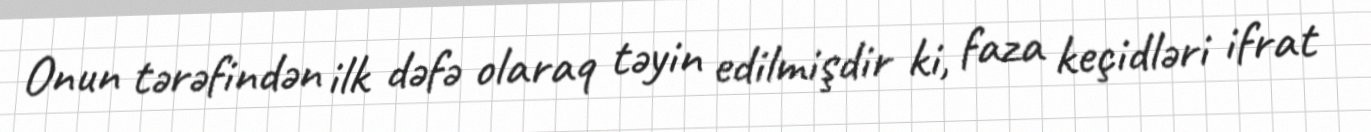
Onun tərəfindən ilk dəfə olaraq təyin edilmişdir ki, faza keçidləri ifrat